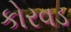
કોરવડ